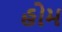
હોમ